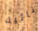
نائية